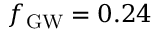
\ensuremath { f _ { \mathrm { G W } } } = 0 . 2 4